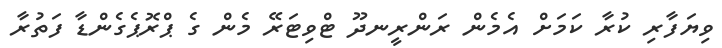
ވިޔަފާރި ކުރާ ކަމަށް އެމެން ރަންރީނދޫ ޓްވިޓަރޭ މެން ގެ ޕްރޮޕެގެންޑާ ފަތުރާ